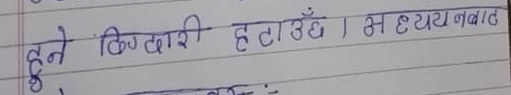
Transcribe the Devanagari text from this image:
हुने कुम्दारी हटाउॅछ म हृदय नबाठ